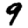
Digit: 9